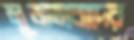
মুজতাবাদের